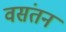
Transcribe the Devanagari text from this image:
वसंतन